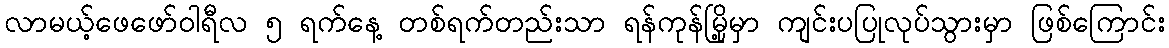
လာမယ့်ဖေဖော်ဝါရီလ ၅ ရက်နေ့ တစ်ရက်တည်းသာ ရန်ကုန်မြို့မှာ ကျင်းပပြုလုပ်သွားမှာ ဖြစ်ကြောင်း